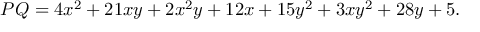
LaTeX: P Q = 4 x ^ { 2 } + 2 1 x y + 2 x ^ { 2 } y + 1 2 x + 1 5 y ^ { 2 } + 3 x y ^ { 2 } + 2 8 y + 5 .